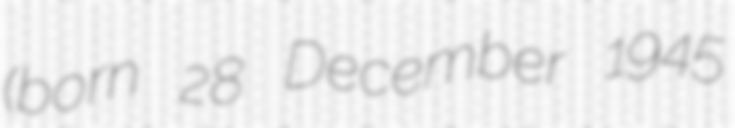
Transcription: (born 28 December 1945